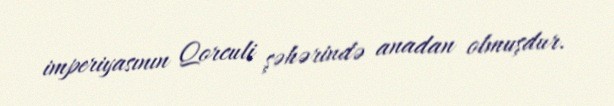
imperiyasının Qorculi şəhərində anadan olmuşdur.